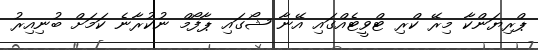
ޕްރިޔަންކާ މިރޭ ކްރި ޓްވީޓެއްގައި އޭނާ ޝޯގައި ޕާފޯމް ނުކުރާނެ ކަމަށް ބުނިއިރު